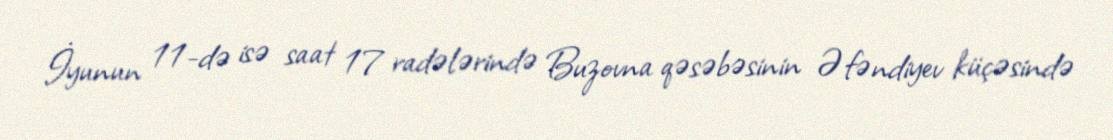
İyunun 11-də isə saat 17 radələrində Buzovna qəsəbəsinin Əfəndiyev küçəsində